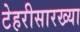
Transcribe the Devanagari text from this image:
टेहरीसारख्या